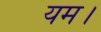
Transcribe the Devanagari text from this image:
यम।